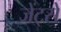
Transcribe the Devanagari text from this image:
जेंट्से